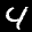
Label: 4